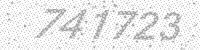
Solution: 741723